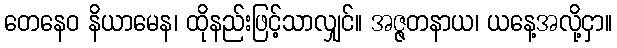
တေနေဝ နိယာမေန၊ ထိုနည်းဖြင့်သာလျှင်။ အဇ္ဇတနာယ၊ ယနေ့အလို့ငှာ။